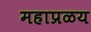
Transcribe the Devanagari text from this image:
महाप्रळय